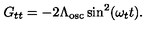
G _ { t t } = - 2 \Lambda _ { \mathrm { o s c } } \sin ^ { 2 } ( \omega _ { t } t ) .